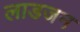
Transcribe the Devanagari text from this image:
लाडजन